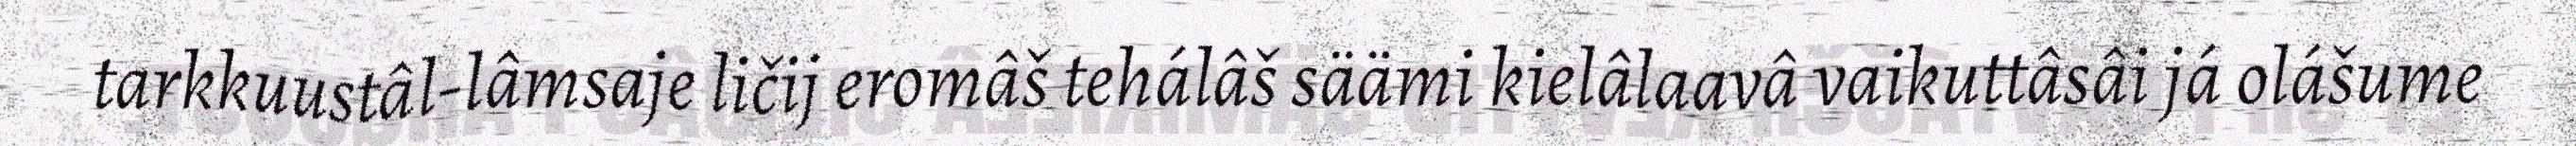
tarkkuustâl-lâmsaje ličij eromâš tehálâš säämi kielâlaavâ vaikuttâsâi já olášume